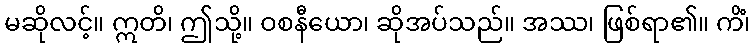
မဆိုလင့်။ ဣတိ၊ ဤသို့။ ဝစနီယော၊ ဆိုအပ်သည်။ အဿ၊ ဖြစ်ရာ၏။ ကိံ၊